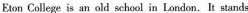
Eton College is an old school in London, It stands